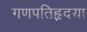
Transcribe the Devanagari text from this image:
गणपतिहृदया